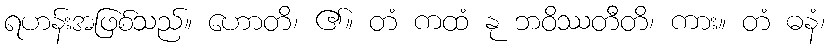
ရဟန်းအဖြစ်သည်။ ဟောတိ၊ ၏။ တံ ကထံ နု ဘဝိဿတီတိ၊ ကား။ တံ ဓနံ၊